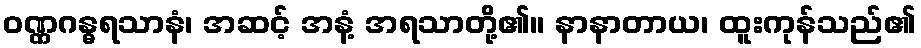
ဝဏ္ဏဂန္ဓရသာနံ၊ အဆင့် အနံ့ အရသာတို့၏။ နာနာတာယ၊ ထူးကုန်သည်၏